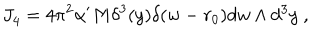
J _ { \it 4 } = 4 \pi ^ { 2 } \alpha ^ { \prime } M \delta ^ { 3 } ( y ) \delta ( w - r _ { 0 } ) d w \wedge d ^ { 3 } y \ ,